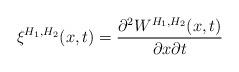
LaTeX: \begin{align*}\xi^{H_{1},H_{2}}(x,t)=\frac{\partial^{2}W^{H_{1},H_{2}}(x,t)}{\partial x\partial t}\end{align*}